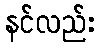
နင်လည်း